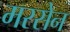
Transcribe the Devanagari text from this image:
मरसेन